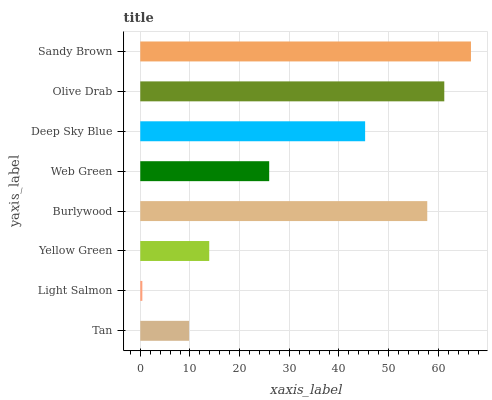
| yaxis_label | bars |
 | --- | --- |
 | Tan | 9.83 |
 | Light Salmon | 0.417 |
 | Yellow Green | 13.9 |
 | Burlywood | 57.8 |
 | Web Green | 26 |
 | Deep Sky Blue | 45.3 |
 | Olive Drab | 61.2 |
 | Sandy Brown | 66.6 |